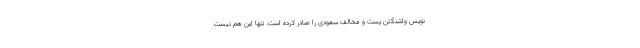
نویس واشنگتن پست و مخالف سعودی را صادر کرده است. تنها این هم نیست